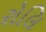
રોલિ